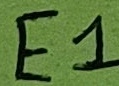
Text: E1